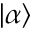
| \alpha \rangle